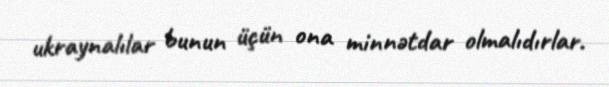
ukraynalılar bunun üçün ona minnətdar olmalıdırlar.